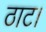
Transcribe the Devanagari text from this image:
ठाट।